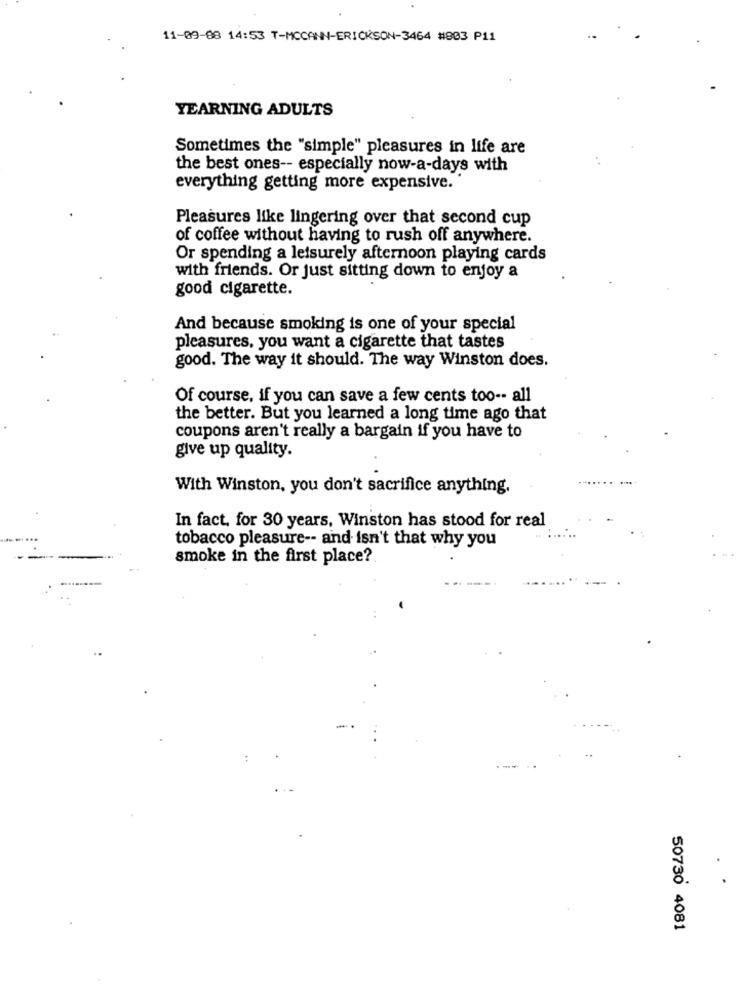
11-09-08 14:53 T-MCCANN-ERICKSON-3464 #803 P11
YEARNING ADULTS
Sometimes the "simple" pleasures in life are
the best ones -- especially now-a-days with
everything getting more expensive.
Pleasures like lingering over that second cup
of coffee without having to rush off anywhere.
Or spending a leisurely afternoon playing cards
with friends. Or just sitting down to enjoy a
good cigarette.
And because smoking is one of your special
pleasures, you want a cigarette that tastes
good. The way it should. The way Winston does.
Of course, if you can save a few cents too -- all
the better. But you learned a long time ago that
coupons aren't really a bargain if you have to
give up quality.
With Winston, you don't sacrifice anything.
In fact, for 30 years, Winston has stood for real
tobacco pleasure -- and isn't that why you
smoke in the first place?
50730 4081